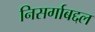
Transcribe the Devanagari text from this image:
निसर्गाबद्दल